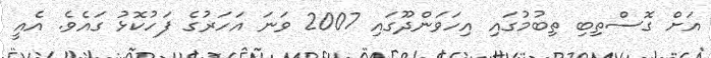
އަށް ގޮސްތިބި ތިބުމުގައި އިހަވަންދޫގައި 2007 ވަނަ އަހަރުގެ ފަހުކޮޅު ގައެވެ. އެއީ